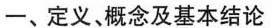
一、定义，概念及基本结论